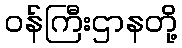
ဝန်ကြီးဌာနတို့